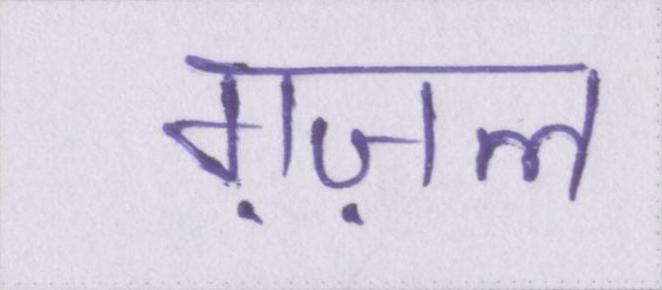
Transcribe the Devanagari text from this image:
ग़ज़ल